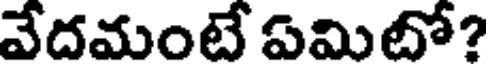
వేదమంటే ఏమిటో?